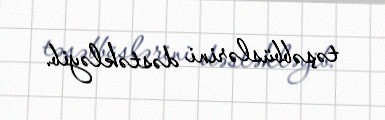
təşəbbüslərini dəstəkləyib.